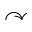
\curvearrowright